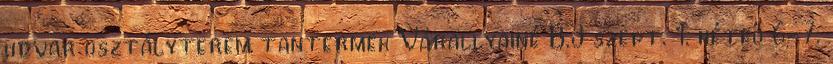
udvar osztályterem tantermek Várallyainé B.J szept. 1. hétfő 6-7.